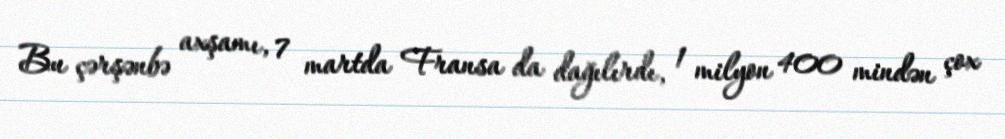
Bu çərşənbə axşamı, 7 martda Fransa da dağılırdı, 1 milyon 400 mindən çox